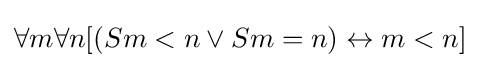
\forall m\forall n[(Sm<n\lor Sm=n)\leftrightarrow m<n]